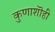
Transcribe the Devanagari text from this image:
कुणाशॊही